Annual report of the Punjab Veterinary College and of the Civil Veterinary Department, Punjab - 1894-1908
Year: 1894
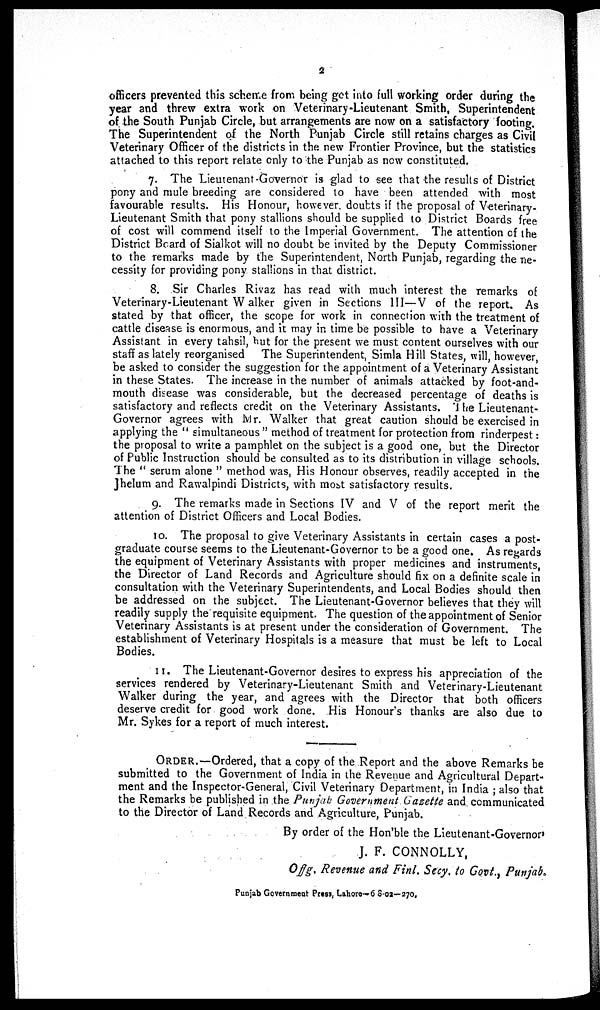
2
officers prevented this scheme from being get into full working order during the
year and threw extra work on Veterinary-Lieutenant Smith, Superintendent
of the South Punjab Circle, but arrangements are now on a satisfactory footing.
The Superintendent of the North Punjab Circle still retains charges as Civil
Veterinary Officer of the districts in the new Frontier Province, but the statistics
attached to this report relate only to the Punjab as now constituted.
7. The Lieutenant-Governor is glad to see that the results of District
pony and mule breeding are considered to have been attended with most
favourable results. His Honour, however doubts if the proposal of Veterinary-
Lieutenant Smith that pony stallions should be supplied to District Boards free
of cost will commend itself to the Imperial Government. The attention of the
District Board of Sialkot will no doubt be invited by the Deputy Commissioner
to the remarks made by the Superintendent, North Punjab, regarding the ne-
cessity for providing pony stallions in that district.
8. Sir Charles Rivaz has read with much interest the remarks of
Veterinary-Lieutenant Walker given in Sections III—V of the report. As
stated by that officer, the scope for work in connection with the treatment of
cattle disease is enormous, and it may in time be possible to have a Veterinary
Assistant in every tahsil, but for the present we must content ourselves with our
staff as lately reorganised The Superintendent, Simla Hill States, will, however,
be asked to consider the suggestion for the appointment of a Veterinary Assistant
in these States. The increase in the number of animals attacked by foot-and-
mouth disease was considerable, but the decreased percentage of deaths is
satisfactory and reflects credit on the Veterinary Assistants. The Lieutenant-
Governor agrees with Mr. Walker that great caution should be exercised in
applying the "simultaneous" method of treatment for protection from rinderpest:
the proposal to write a pamphlet on the subject is a good one, but the Director
of Public Instruction should be consulted as to its distribution in village schools.
The "serum alone" method was, His Honour observes, readily accepted in the
Jhelum and Rawalpindi Districts, with most satisfactory results.
9. The remarks made in Sections IV and V of the report merit the
attention of District Officers and Local Bodies.
10. The proposal to give Veterinary Assistants in certain cases a post-
graduate course seems to the Lieutenant-Governor to be a good one. As regards
the equipment of Veterinary Assistants with proper medicines and instruments,
the Director of Land Records and Agriculture should fix on a definite scale in
consultation with the Veterinary Superintendents, and Local Bodies should then
be addressed on the subject. The Lieutenant-Governor believes that they will
readily supply the requisite equipment. The question of the appointment of Senior
Veterinary Assistants is at present under the consideration of Government. The
establishment of Veterinary Hospitals is a measure that must be left to Local
Bodies.
11. The Lieutenant-Governor desires to express his appreciation of the
services rendered by Veterinary-Lieutenant Smith and Veterinary-Lieutenant
Walker during the year, and agrees with the Director that both officers
deserve credit for good work done. His Honour's thanks are also due to
Mr. Sykes for a report of much interest.
ORDER.—Ordered, that a copy of the Report and the above Remarks be
submitted to the Government of India in the Revenue and Agricultural Depart-
ment and the Inspector-General, Civil Veterinary Department, in India; also that
the Remarks be published in the Punjab Government Gazette and communicated
to the Director of Land Records and Agriculture, Punjab.
By order of the Hon'ble the Lieutenant-Governor
J. F. CONNOLLY,
O flg. Revenue and Finl. Secy, to Govt., Punjab.
Punjab Government Press, Lahore—68-02— 270,